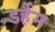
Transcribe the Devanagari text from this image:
डर्हैम